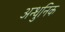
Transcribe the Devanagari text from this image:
अन्धुनिक